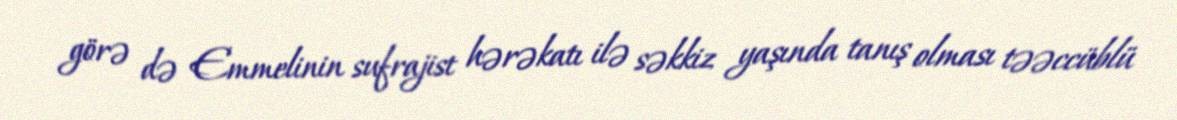
görə də Emmelinin sufrajist hərəkatı ilə səkkiz yaşında tanış olması təəccüblü